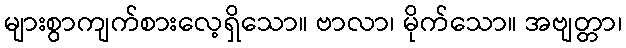
များစွာကျက်စားလေ့ရှိသော။ ဗာလာ၊ မိုက်သော။ အဗျတ္တာ၊